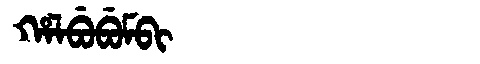
Manchu: ᡥᠠᠯᠪᡠᠪᡠᠮᠪᡳ
Romanization: HALBUBUMBI